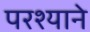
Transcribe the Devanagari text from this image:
परश्याने